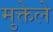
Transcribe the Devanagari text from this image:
मुक्तेले